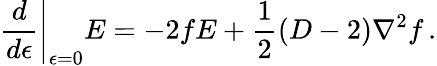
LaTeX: \left.\frac{d}{d\epsilon}\right|_{\epsilon=0}E=-2fE+\frac 12(D-2)\nabla^{2}f\, .